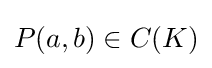
P(a,b)\in C(K)